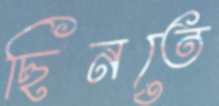
ছিনতে